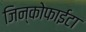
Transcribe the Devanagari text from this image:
जिन्कोफाईटा